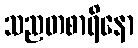
သညတစာရိနော